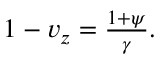
\begin{array} { r } { 1 - v _ { z } = \frac { 1 + \psi } { \gamma } . } \end{array}